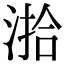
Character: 湁